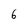
Character: 6